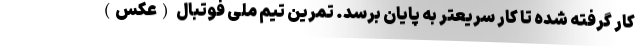
کار گرفته شده تا کار سریعتر به پایان برسد. تمرین تیم ملی فوتبال (عکس)